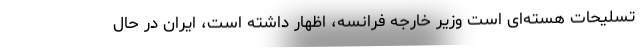
تسلیحات هسته‌ای است وزیر خارجه فرانسه، اظهار داشته است، ایران در حال